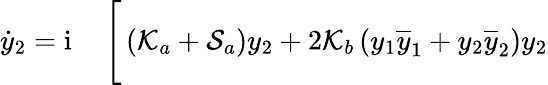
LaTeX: \begin{array}{rl}{\dot{y}_{2}=\mathrm{i}\, }&{{}\Bigg[\left(\mathcal{K}_{a}+\mathcal{S}_{a}\right)y_{2}+2\mathcal{K}_{b}\left(y_{1}\overline{{y}}_{1}+y_{2}\overline{{y}}_{2}\right)y_{2}}\end{array}